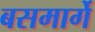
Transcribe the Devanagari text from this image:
बसमार्गे